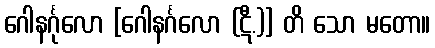
ဂေါနင်္ဂုလော [ဂေါနင်္ဂလော (ဋီ.)] တိ သော မတော။